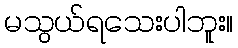
မသွယ်ရသေးပါဘူး။